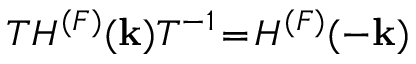
{ \cal T } H ^ { ( F ) } ( { \bf k } ) { \cal T } ^ { - 1 } \! = \! H ^ { ( F ) } ( - { \bf k } )